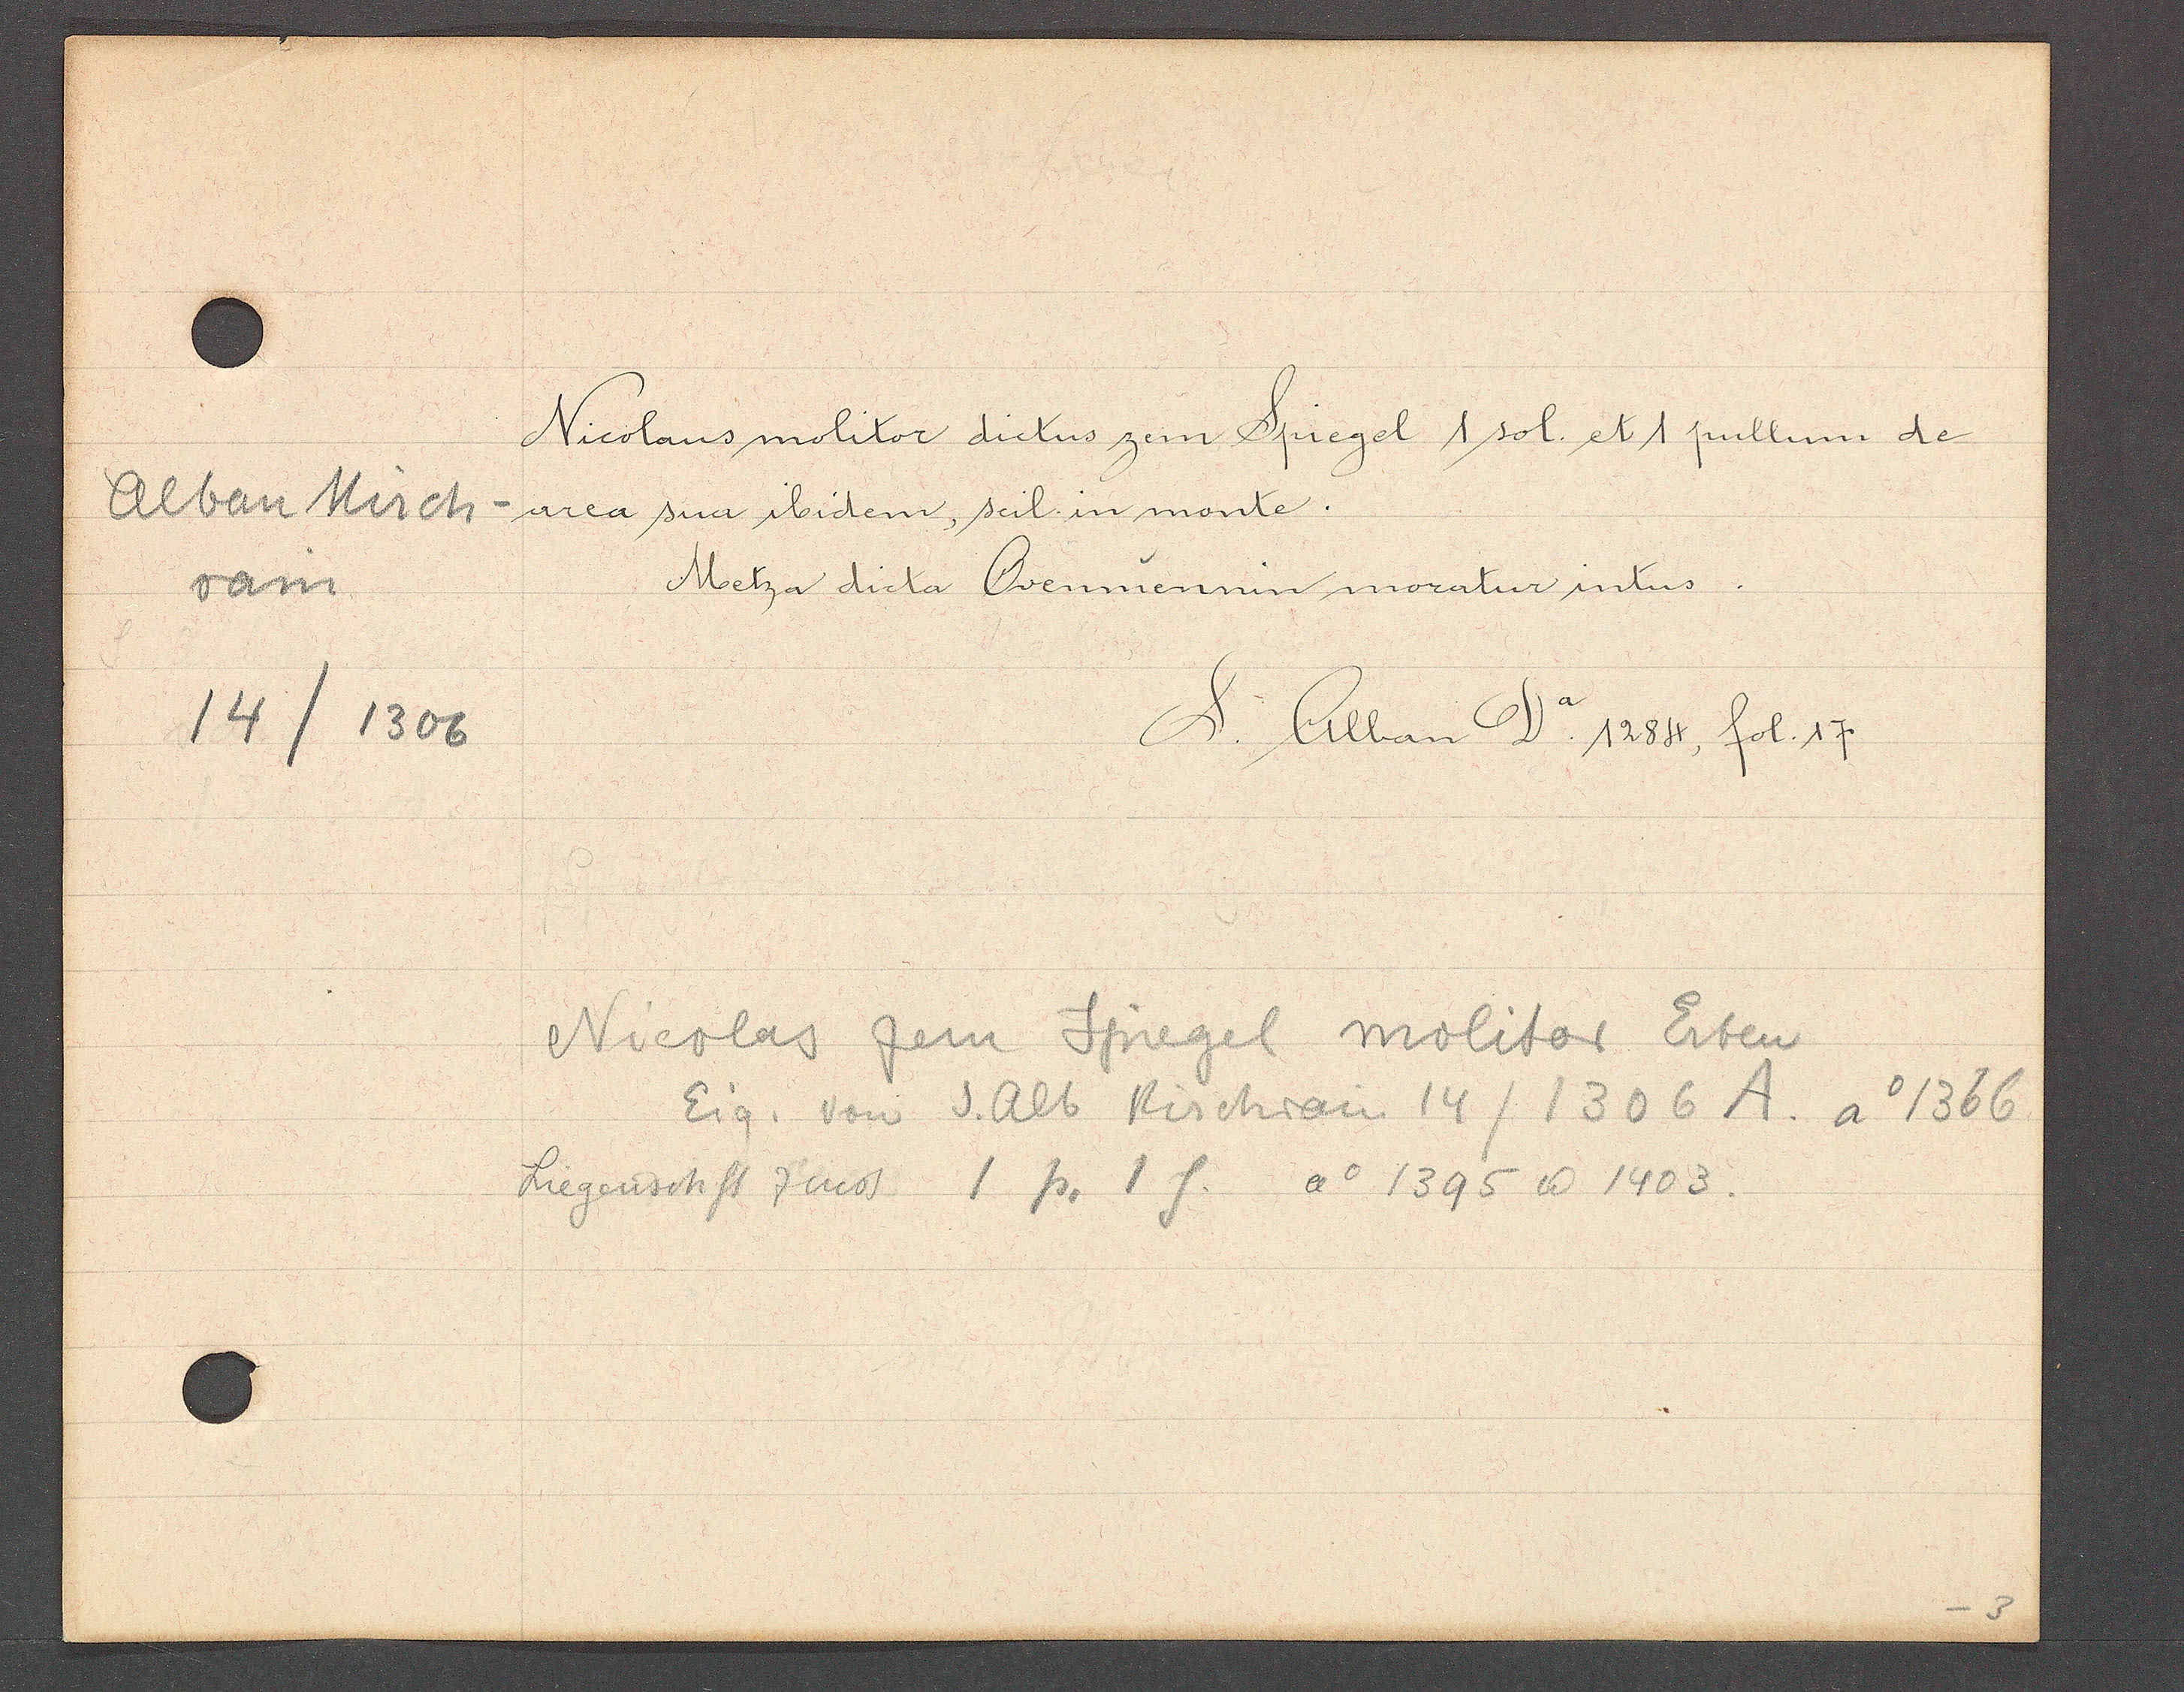
Transcript:
Alban Kirch
rain
14/1306

Nicolaus molitor dictus zem Spiegel 1 sol. et 1 pullum de
area sua ibidem, scil in monte.
Metza dicta Oremuennin moratur intus

S. Alban Da 1284, fol. 17.

Nicolas zem Spiegel molitor Erben
Eig. von S. Alb Kirchrain 14 / 1306 A. ao 1366
Liegenschft zinst 1 p. 1 s ao 1395 ư 1403